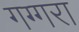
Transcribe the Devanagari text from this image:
गग्गरा